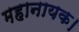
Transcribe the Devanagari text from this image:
महानायक।